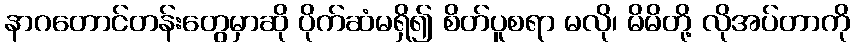
နာဂတောင်တန်းတွေမှာဆို ပိုက်ဆံမရှိ၍ စိတ်ပူစရာ မလို၊ မိမိတို့ လိုအပ်တာကို